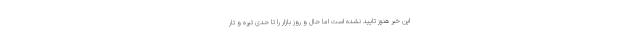
این خبر هنوز تایید نشده است اما حال و روز بازار را تا حدی تیره و تار